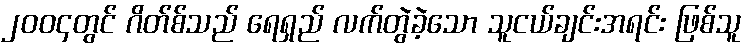
၂၀၀၄တွင် ဂိတ်စ်သည် ရေရှည် လက်တွဲခဲ့သော သူငယ်ချင်းအရင်း ဖြစ်သူ